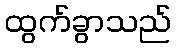
ထွက်ခွာသည်